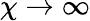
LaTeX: \chi\to\infty